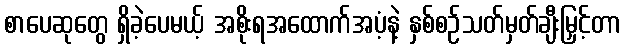
စာပေဆုတွေ ရှိခဲ့ပေမယ့် အစိုးရအထောက်အပံ့နဲ့ နှစ်စဉ်သတ်မှတ်ချီးမြှင့်တာ